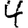
Digit: 4